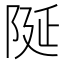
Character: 𮥋